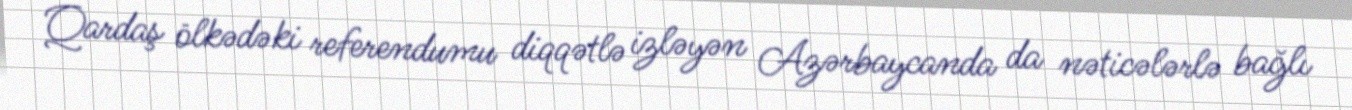
Qardaş ölkədəki referendumu diqqətlə izləyən Azərbaycanda da nəticələrlə bağlı